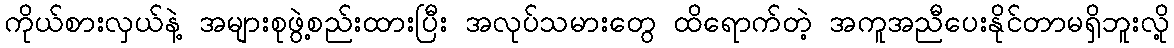
ကိုယ်စားလှယ်နဲ့ အများစုဖွဲ့စည်းထားပြီး အလုပ်သမားတွေ ထိရောက်တဲ့ အကူအညီပေးနိုင်တာမရှိဘူးလို့